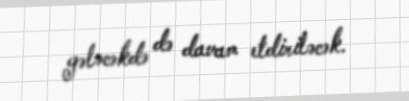
gələcəkdə də davam etdiriləcək.